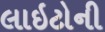
લાઇટોની